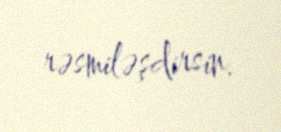
rəsmiləşdirsin.